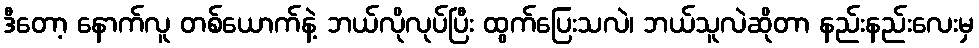
ဒီတော့ နောက်လူ တစ်ယောက်နဲ့ ဘယ်လိုလုပ်ပြီး ထွက်ပြေးသလဲ၊ ဘယ်သူလဲဆိုတာ နည်းနည်းလေးမှ